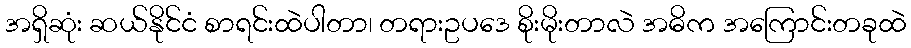
အရှိဆုံး ဆယ်နိုင်ငံ စာရင်းထဲပါတာ၊ တရားဥပဒေ စိုးမိုးတာလဲ အဓိက အကြောင်းတခုထဲ